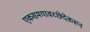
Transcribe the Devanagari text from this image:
एकसमयावच्छेदेकरून